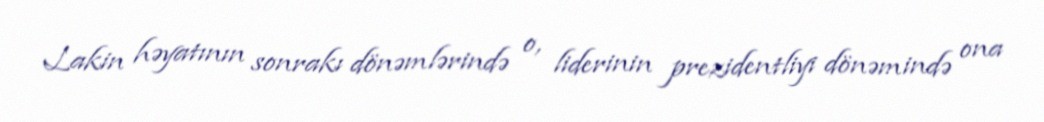
Lakin həyatının sonrakı dönəmlərində o, liderinin prezidentliyi dönəmində ona